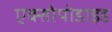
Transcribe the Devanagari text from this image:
एक्सोपोडाइड